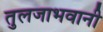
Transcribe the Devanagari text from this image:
तुलजाभवानी